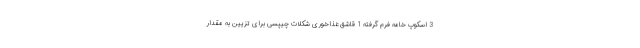
3 اسکوپ خامه فرم گرفته 1 قاشق غذاخوری شکلات چیپسی برای تزیین به مقدار